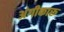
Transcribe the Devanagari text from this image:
अंगीकारू